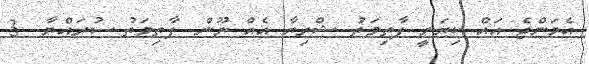
އެމަންޖެ އައް ކިޔަނީ ފާތިމަތު ޝްރިޔާ އެއް ނޫން. ފާތިމަތު ސުރައްޔާ.. 3